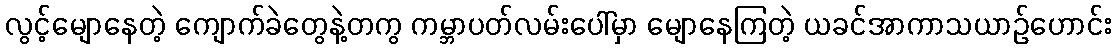
လွင့်မျောနေတဲ့ ကျောက်ခဲတွေနဲ့တကွ ကမ္ဘာပတ်လမ်းပေါ်မှာ မျောနေကြတဲ့ ယခင်အာကာသယာဉ်ဟောင်း